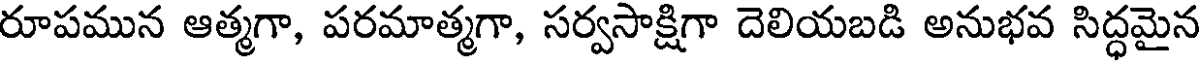
రూపమున ఆత్మగా, పరమాత్మగా, సర్వసాక్షిగా దెలియబడి అనుభవ సిద్ధమైన